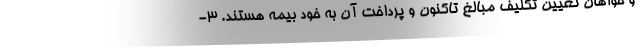
و خواهان تعیین تکلیف مبالغ تاکنون و پرداخت آن به خود بیمه هستند. ۳-